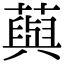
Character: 藇